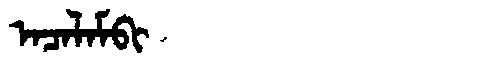
Manchu: ᠠᠴᠠᠯᠠᠮᠪᡳ
Romanization: ACALAMBI